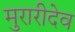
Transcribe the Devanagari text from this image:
मुरारीदेव